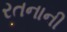
રતનાની